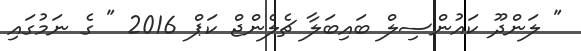
" ލަންދޫ ކައުންސިލް ބައިބަލާ ޗެެލެންޖް ކަޕް 2016 " ގެ ނަމުގައި